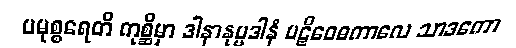
ပမုစ္စရေတိ ကုစ္ဆိမှာ ဒါနာနုပ္ပဒါနံ ပဋိဝေဓကာလေ သာဒကော